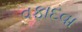
વફાદવા